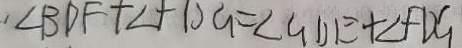
\angle B D F + \angle F D G = \angle G D E = \angle F D G